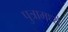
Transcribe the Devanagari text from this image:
पुत्रामध्ये